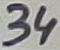
Text: 34